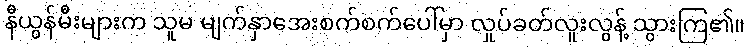
နီယွန်မီးများက သူမ မျက်နှာအေးစက်စက်ပေါ်မှာ လှုပ်ခတ်လူးလွန့် သွားကြ၏။